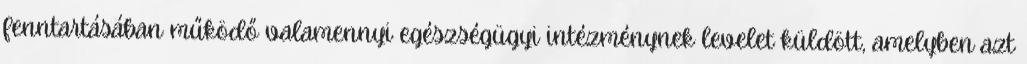
fenntartásában működő valamennyi egészségügyi intézménynek levelet küldött, amelyben azt